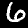
Label: 6